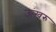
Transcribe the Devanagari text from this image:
ऊंखरु